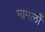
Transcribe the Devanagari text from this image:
मामलोँ